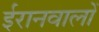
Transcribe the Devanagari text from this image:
ईरानवालों